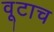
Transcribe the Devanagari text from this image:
वूटाच